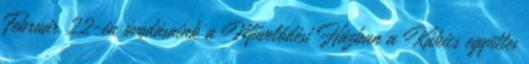
Február 22-én óvodásaink a Művelődési Házban a Kákics együttes